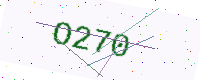
Text: O270